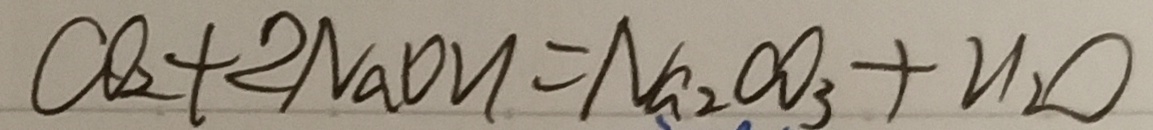
C O _ { 2 } + 2 N a O H = N a _ { 2 } C O _ { 3 } + H _ { 2 } O